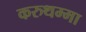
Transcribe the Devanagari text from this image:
करुथम्मा